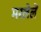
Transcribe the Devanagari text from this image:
मरलेलें